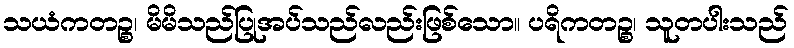
သယံကတဉ္စ၊ မိမိသည်ပြုအပ်သည်လည်းဖြစ်သော။ ပရိကတဉ္စ၊ သူတပါးသည်